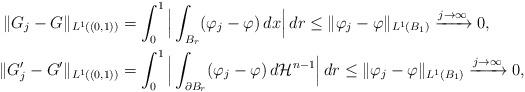
LaTeX: \begin{align*} \|G_j-G\|_{L^1((0,1))}&=\int_0^1 \Big|\int_{B_r}(\varphi_j-\varphi)\,dx\Big|\,dr\leq \|\varphi_j-\varphi\|_{L^1(B_1)}\xrightarrow{j\to \infty} 0,\\ \|G_j'-G'\|_{L^1((0,1))}&=\int_0^1 \Big|\int_{\partial B_r}(\varphi_j-\varphi)\,d\mathcal{H}^{n-1}\Big|\,dr\leq \|\varphi_j-\varphi\|_{L^1(B_1)}\xrightarrow{j\to \infty} 0,\end{align*}